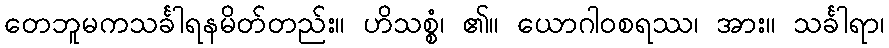
တေဘူမကသင်္ခါရနမိတ်တည်း။ ဟိသစ္စံ၊ ၏။ ယောဂါဝစရဿ၊ အား။ သင်္ခါရာ၊